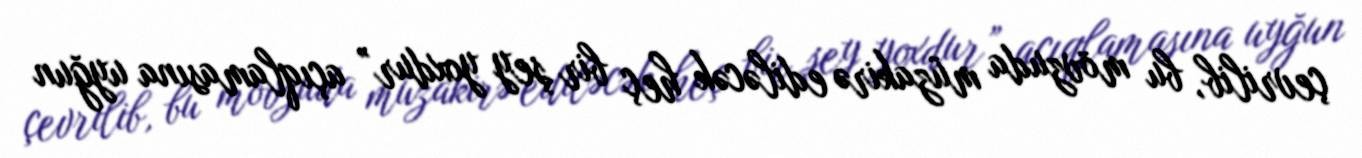
çevrilib, bu mövzuda müzakirə ediləcək heç bir şey yoxdur” açıqlamasına uyğun